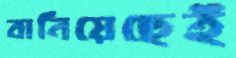
বানিয়েছেই